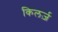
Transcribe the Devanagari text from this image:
किलर्ज़